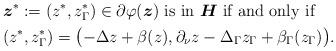
LaTeX: \begin{align*}&\mbox{\boldmath $ z$}^*:=(z^*,z^*_{\Gamma }) \in \partial \varphi (\mbox{\boldmath $ z$}) \hbox{ is in \mbox{\boldmath $ H$} if and~only~if}\\&(z^*,z^*_{\Gamma }) = \bigl( -\Delta z+\beta (z), \partial_\nu z-\Delta_{\Gamma } z_\Gamma + \beta_{\Gamma }(z_\Gamma ) \bigr).\end{align*}